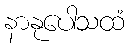
နာနုပေါသထံ